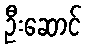
ဦးဆောင်